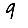
Digit: 9